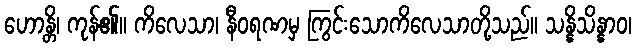
ဟောန္တိ၊ ကုန်၏။ ကိလေသာ၊ နီဝရဏမှ ကြွင်းသောကိလေသာတို့သည်။ သန္နိသိန္နာဝ၊